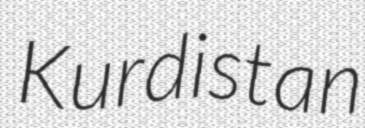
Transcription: Kurdistan